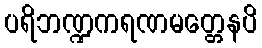
ပရိဘဏ္ဍကရဏမတ္တေနပိ